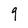
Character: 9